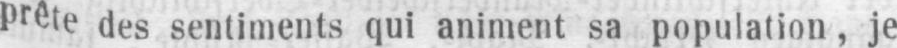
prête des sentiments qui animent sa population, je